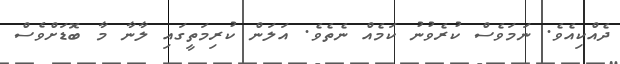
ދެއްކިއެވެ. ނަމަވެސް ކުރެވުނު ކަމެއް ނެތެވެ. އަލަން ކުރިމަތީގައި ލާނާ މާ ބޮޑަށްވެސް